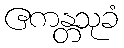
ဧကန္တသုခံ